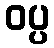
ဝပ္ပ